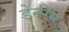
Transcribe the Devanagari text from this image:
डेनीम